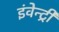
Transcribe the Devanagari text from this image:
इंवेन्ट्री